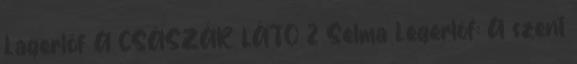
Lagerlöf A CSÁSZÁR LÁTO 2 Selma Legerlöf: A szent